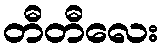
တီတီလေး